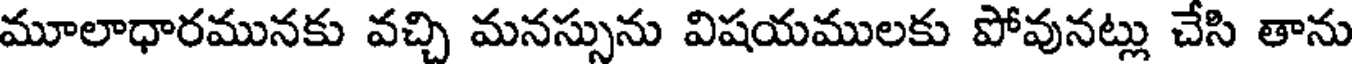
మూలాధారమునకు వచ్చి మనస్సును విషయములకు పోవునట్లు చేసి తాను